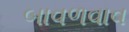
બાવળવાવ